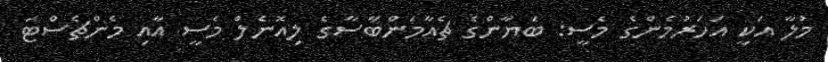
މުލާ އަކީ އަހަރުމެންގެ މެސީ: ބަޔާންގެ ޗެއާމަންބާސާގެ ލިއޮނެލް މެސީ އާއި މެންޗެސްޓަ